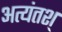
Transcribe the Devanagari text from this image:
अत्यंतश्